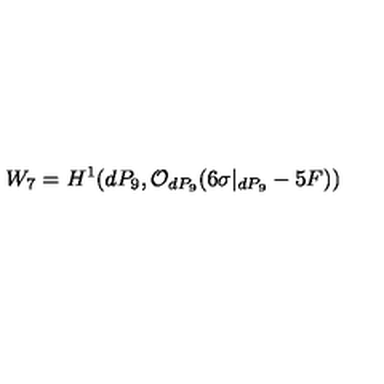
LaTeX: W _ { 7 } = H ^ { 1 } ( d P _ { 9 } , { \cal O } _ { d P _ { 9 } } ( 6 \sigma | _ { d P _ { 9 } } - 5 F ) )